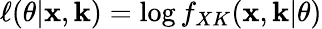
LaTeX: \ell(\theta|\mathbf x,\mathbf k)=\log f_{XK}(\mathbf x,\mathbf k|\theta)